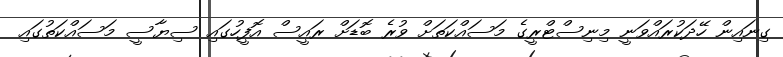
ގިނައިން ހޭދަކުރައްވަނީ މިނިސްޓްރީގެ މަސައްކަތަށް ވުރެ ބޮޑަށް ރައީސް އޮފީހުގައި ސިޔާސީ މަސައްކަތުގައި